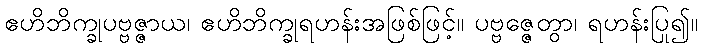
ဧဟိဘိက္ခုပဗ္ဗဇ္ဇာယ၊ ဧဟိဘိက္ခုရဟန်းအဖြစ်ဖြင့်။ ပဗ္ဗဇ္ဇေတွာ၊ ရဟန်းပြု၍။